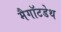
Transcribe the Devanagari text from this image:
मैगॉटडेथ